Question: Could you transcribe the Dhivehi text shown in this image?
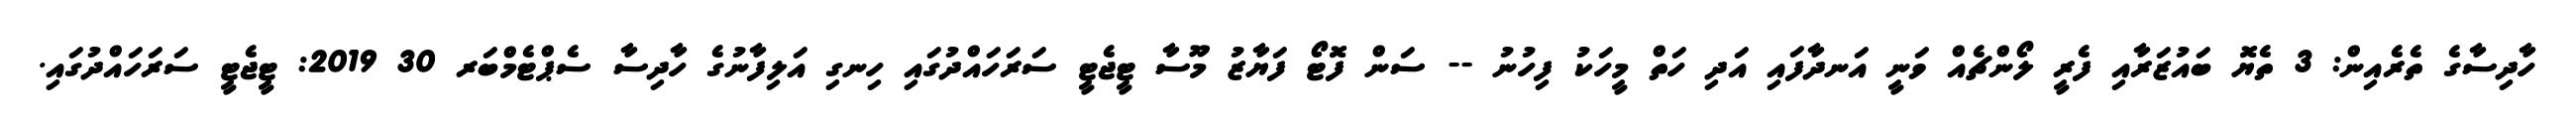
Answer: ހާދިސާގެ ތެރެއިން: 3 ތެޔޮ ބައުޒަރާއި ފެރީ ލޯންޗެއް ވަނީ އަނދާފައި އަދި ހަތް މީހަކު ފިހުނު -- ސަން ފޮޓޯ ފަޔާޒު މޫސާ ޓީޖެޓީ ސަރަހައްދުގައި ހިނގި އަލިފާނުގެ ހާދިސާ ސެޕްޓެމްބަރ 30 2019: ޓީޖެޓީ ސަރަހައްދުގައި.